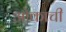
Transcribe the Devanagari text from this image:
ओकाची